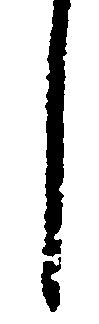
し